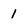
Character: 1